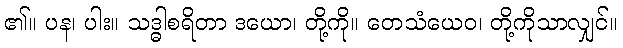
၏။ ပန၊ ပါး။ သဒ္ဓါစရိတာ ဒယော၊ တို့ကို။ တေသံယေဝ၊ တို့ကိုသာလျှင်။